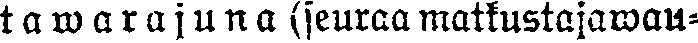
tawarajuna (seuraa matkustajawau-